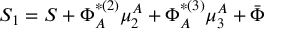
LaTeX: S _ { 1 } = S + \Phi _ { A } ^ { * ( 2 ) } \mu _ { 2 } ^ { A } + \Phi _ { A } ^ { * ( 3 ) } \mu _ { 3 } ^ { A } + \bar { \Phi }